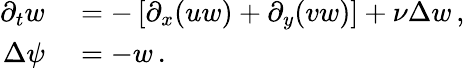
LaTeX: \begin{array}{rl}{\partial_{t}w}&{{}=-\left[\partial_{x}(uw)+\partial_{y}(vw)\right]+\nu\Delta w\, ,}\\ {\Delta\psi}&{{}=-w\, .}\end{array}